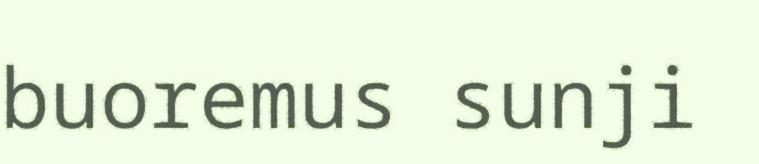
buoremus sunji